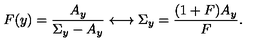
F ( y ) = \frac { A _ { y } } { \Sigma _ { y } - A _ { y } } \longleftrightarrow \Sigma _ { y } = \frac { ( 1 + F ) A _ { y } } { F } .